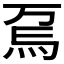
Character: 𱪽